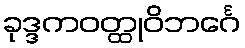
ခုဒ္ဒကဝတ္ထုဝိဘင်္ဂေ